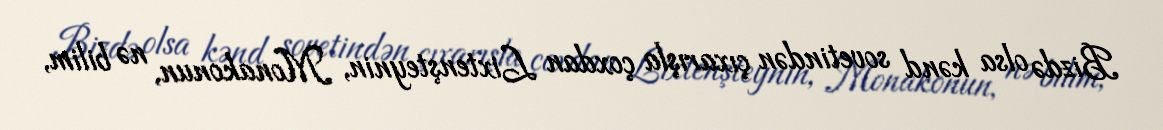
Bizdə olsa kənd sovetindən çıxarışla çoxdan Lixtenşteynin, Monakonun, nə bilim,